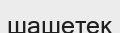
шашетек